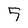
Character: 5